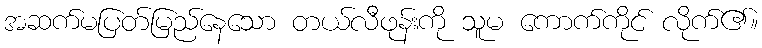
အဆက်မပြတ်မြည်နေသော တယ်လီဖုန်းကို သူမ ကောက်ကိုင် လိုက်၏။